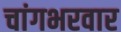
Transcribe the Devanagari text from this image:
चांगभरवार